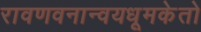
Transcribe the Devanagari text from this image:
रावणवनान्वयधूमकेतो